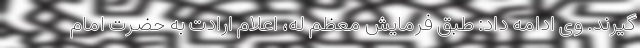
گیرند. وی ادامه داد: طبق فرمایش معظم له، اعلام ارادت به حضرت امام